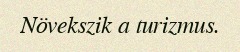
Növekszik a turizmus.